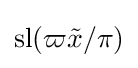
\operatorname {sl} (\varpi {\tilde {x}}/\pi )